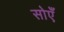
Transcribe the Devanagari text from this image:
सोएँ